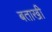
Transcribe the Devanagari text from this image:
बताखी